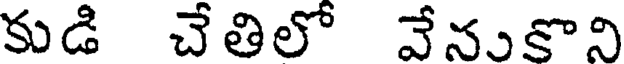
కుడి చేతిలో వేనుకొని